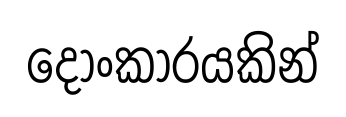
දෝංකාරයකින්